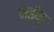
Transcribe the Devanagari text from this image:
मईनु